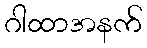
ဂါထာအနက်